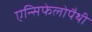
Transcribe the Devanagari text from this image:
एन्सिफेलोपैथी